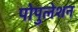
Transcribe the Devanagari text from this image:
पोपुलेशन